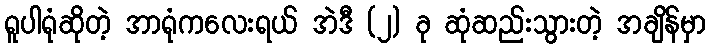
ရူပါရုံဆိုတဲ့ အာရုံကလေးရယ် အဲဒီ (၂) ခု ဆုံဆည်းသွားတဲ့ အချိန်မှာ